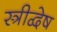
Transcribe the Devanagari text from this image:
स्त्रीद्वेष